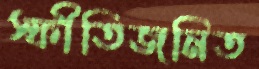
স্ফীতিজনিত